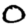
Digit: 0